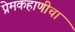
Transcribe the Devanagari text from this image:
प्रेमकहाणीचा